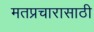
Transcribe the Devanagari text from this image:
मतप्रचारासाठी